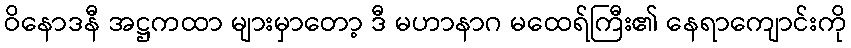
ဝိနောဒနီ အဋ္ဌကထာ များမှာတော့ ဒီ မဟာနာဂ မထေရ်ကြီး၏ နေရာကျောင်းကို